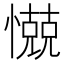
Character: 𰒗